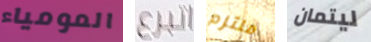
المومياء اتبرع ملتزم ليتمان